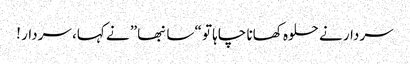
سردار نے حلوہ کھانا چاہا تو “سانبھا” نے کہا، سردار !